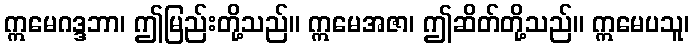
ဣမေဂဒ္ဒဘာ၊ ဤမြည်းတို့သည်။ ဣမေအဇာ၊ ဤဆိတ်တို့သည်။ ဣမေပသူ၊